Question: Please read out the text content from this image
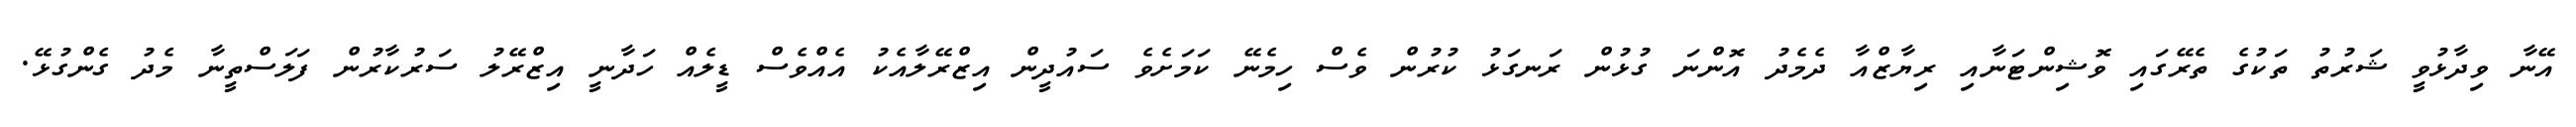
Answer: އޭނާ ވިދާޅުވީ ޝަރުތު ތަކުގެ ތެރޭގައި ވޮޝިންޓަނާއި ރިޔާޒްއާ ދެމެދު އޮންނަ ގުޅުން ރަނގަޅު ކުރުން ވެސް ހިމެނޭ ކަމަށެވެ ސައުދީން އިޒްރޭލާއެކު އެއްވެސް ޑީލެއް ހަދާނީ އިޒްރޭލު ސަރުކާރުން ފަލަސްތީނާ މެދު ގެންގުޅޭ.